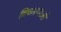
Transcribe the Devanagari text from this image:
विचारणाओं